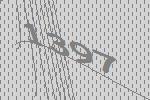
1397